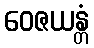
ဝေဇယန္တံ